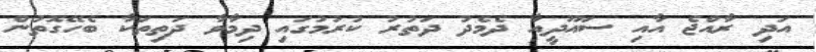
އަދި ރާއްޖެ އާއި ސައޫދީއާ ދެމެދު ދަތުރު ކުރުމުގައި ދިމާވާ ދަތިތަކާ ބެހޭގޮތުން